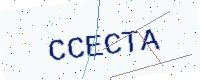
Text: CCECTA